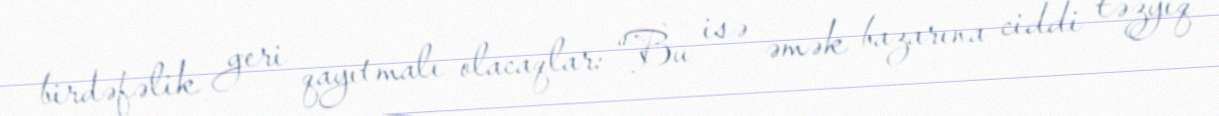
birdəfəlik geri qayıtmalı olacaqlar: “Bu isə əmək bazarına ciddi təzyiq